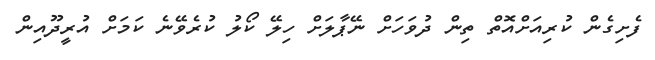
ފެށިގެން ކުރިއަށްއޮތް ތިން ދުވަހަށް ނޭޕާލަށް ހިލޭ ކޯލު ކުރެވޭނެ ކަމަށް އުރީދޫއިން